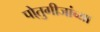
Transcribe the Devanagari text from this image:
पो्तुगीजांच्या